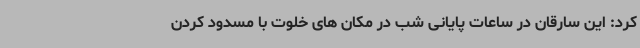
کرد: این سارقان در ساعات پایانی شب در مکان های خلوت با مسدود کردن